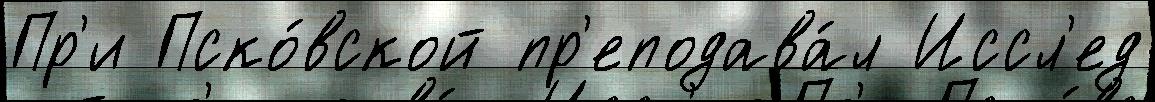
Пр'и Пско́вской пр'еподава́л Иссл'ед